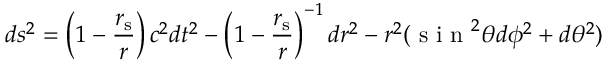
d s ^ { 2 } = \left( 1 - { \frac { r _ { \mathrm { { s } } } } { r } } \right) c ^ { 2 } d t ^ { 2 } - \left( 1 - { \frac { r _ { \mathrm { { s } } } } { r } } \right) ^ { - 1 } d r ^ { 2 } - r ^ { 2 } ( { \textrm { s i n } } ^ { 2 } \theta d \phi ^ { 2 } + d \theta ^ { 2 } )